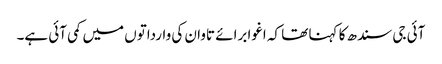
آئی جی سندھ کا کہنا تھا کہ اغوا برائے تاوان کی وارداتوں میں کمی آئی ہے۔